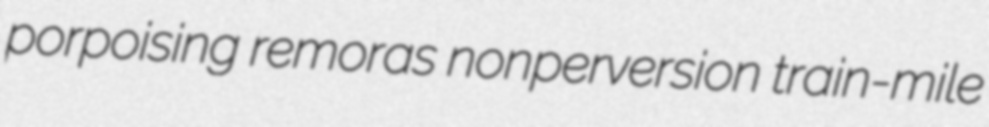
porpoising remoras nonperversion train-mile